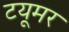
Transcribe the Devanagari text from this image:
टयूमर